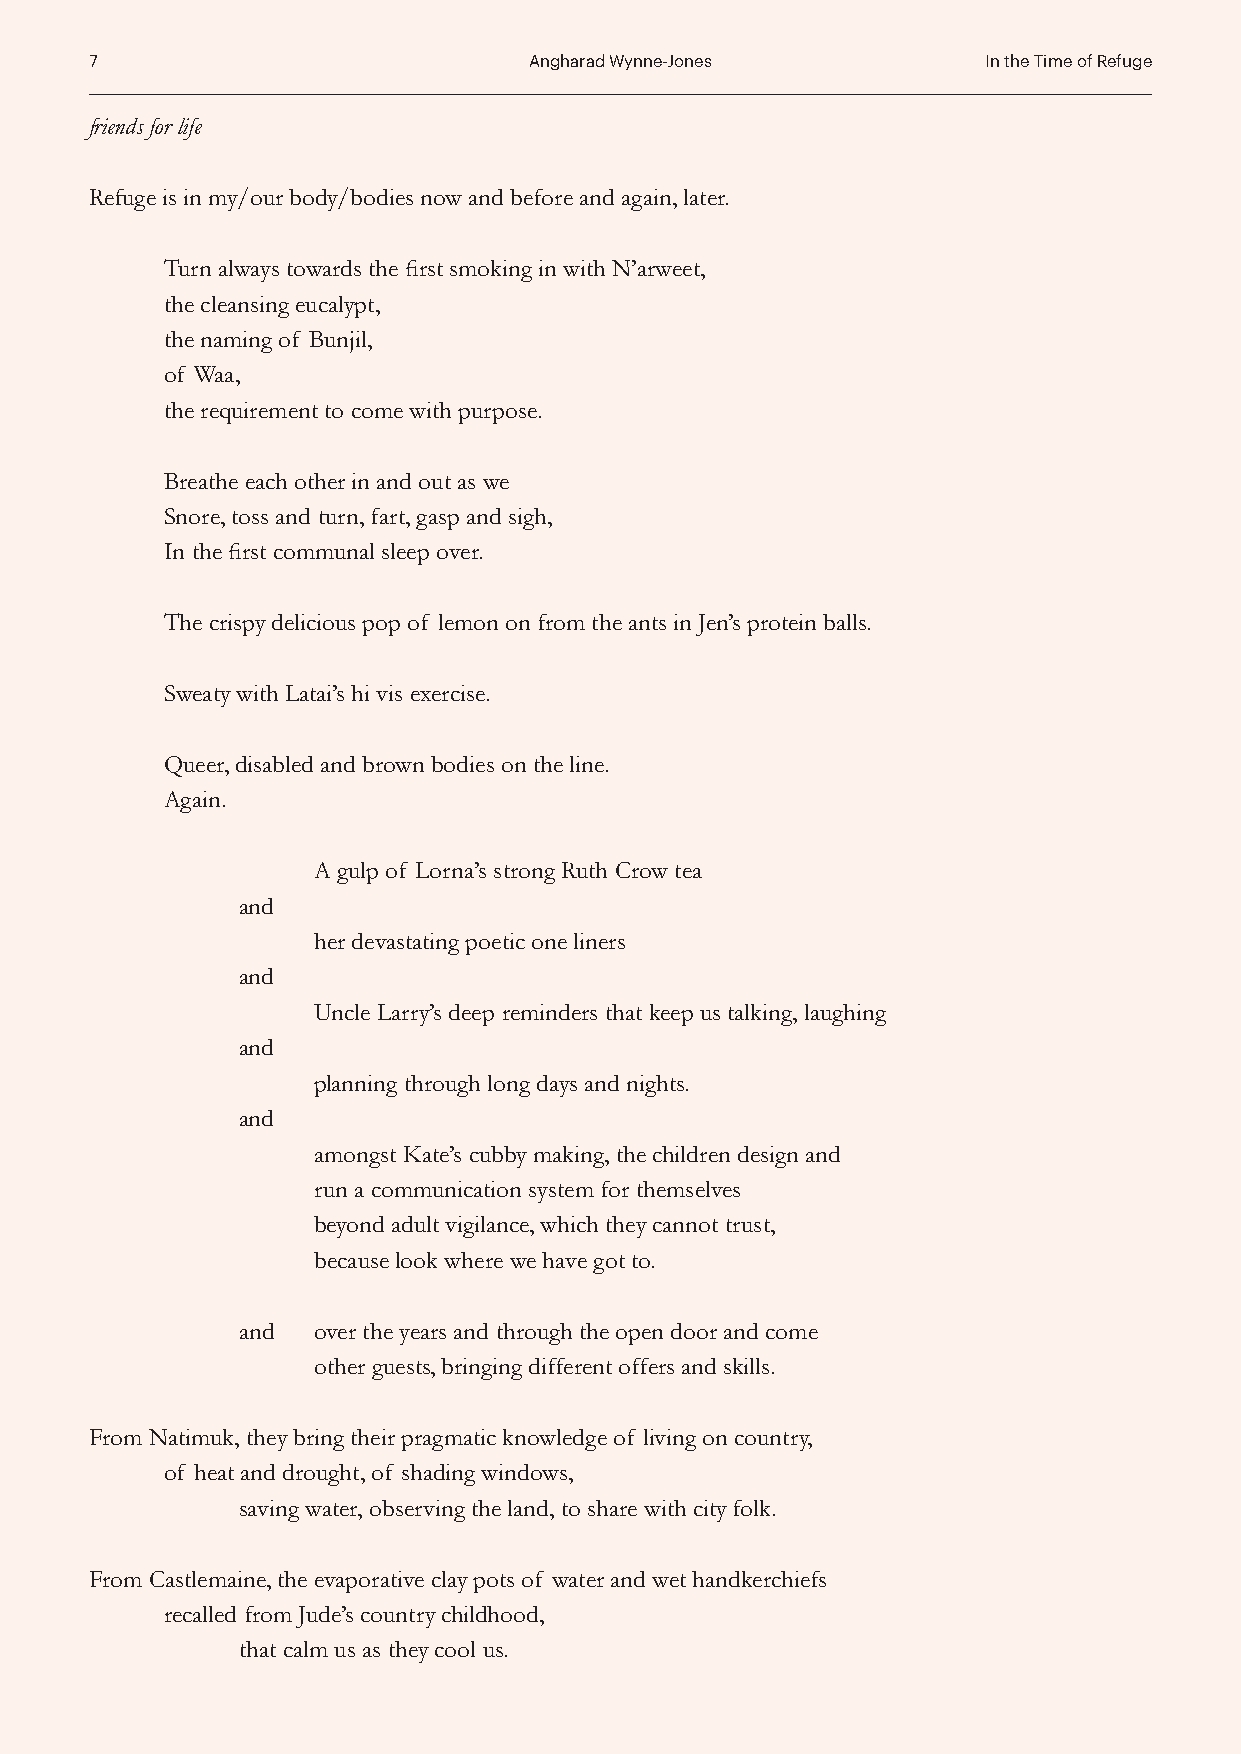
7                            Angharad Wynne-Jones          In the Time of Refuge
 friends for life
 Refuge is in my/our body/bodies now and before and again, later.
 Turn always towards the first smoking in with N’arweet,
 the cleansing eucalypt,
 the naming of Bunjil,
 of Waa,
 the requirement to come with purpose.
 Breathe each other in and out as we
 Snore, toss and turn, fart, gasp and sigh,
 In the first communal sleep over.
 The crispy delicious pop of lemon on from the ants in Jen’s protein balls.
 Sweaty with Latai’s hi vis exercise.
 Queer, disabled and brown bodies on the line.
 Again.
 A gulp of Lorna’s strong Ruth Crow tea
 and
 her devastating poetic one liners
 and
 Uncle Larry’s deep reminders that keep us talking, laughing
 and
 planning through long days and nights.
 and
 amongst Kate’s cubby making, the children design and
 run a communication system for themselves
 beyond adult vigilance, which they cannot trust,
 because look where we have got to.
 and  over the years and through the open door and come
 other guests, bringing different offers and skills.
 From Natimuk, they bring their pragmatic knowledge of living on country,
 of heat and drought, of shading windows,
 saving water, observing the land, to share with city folk.
 From Castlemaine, the evaporative clay pots of water and wet handkerchiefs
 recalled from Jude’s country childhood,
 that calm us as they cool us.